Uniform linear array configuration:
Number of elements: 24
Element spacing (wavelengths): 0.25
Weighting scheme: exponential
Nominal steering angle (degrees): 15
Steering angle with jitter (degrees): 16.961
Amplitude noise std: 0.05
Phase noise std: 0.05

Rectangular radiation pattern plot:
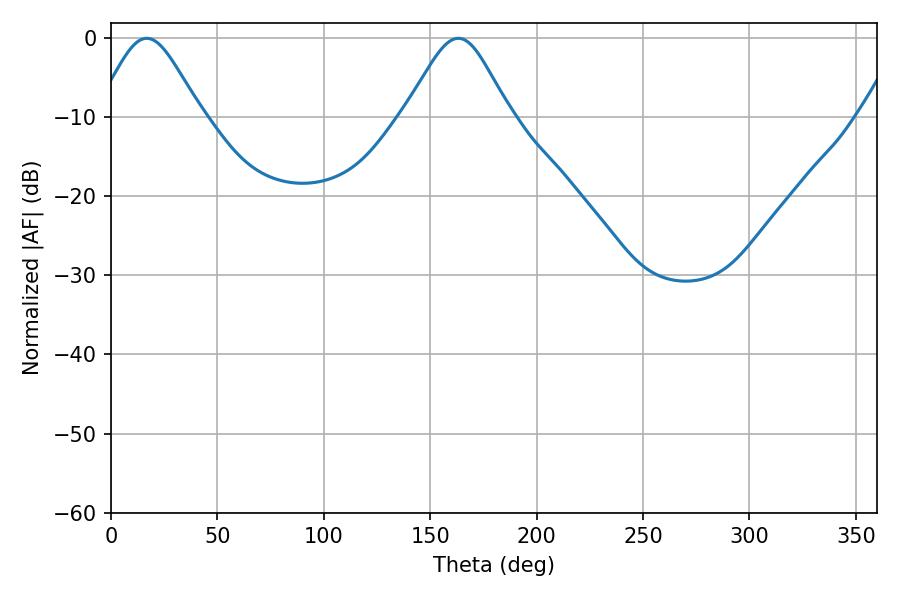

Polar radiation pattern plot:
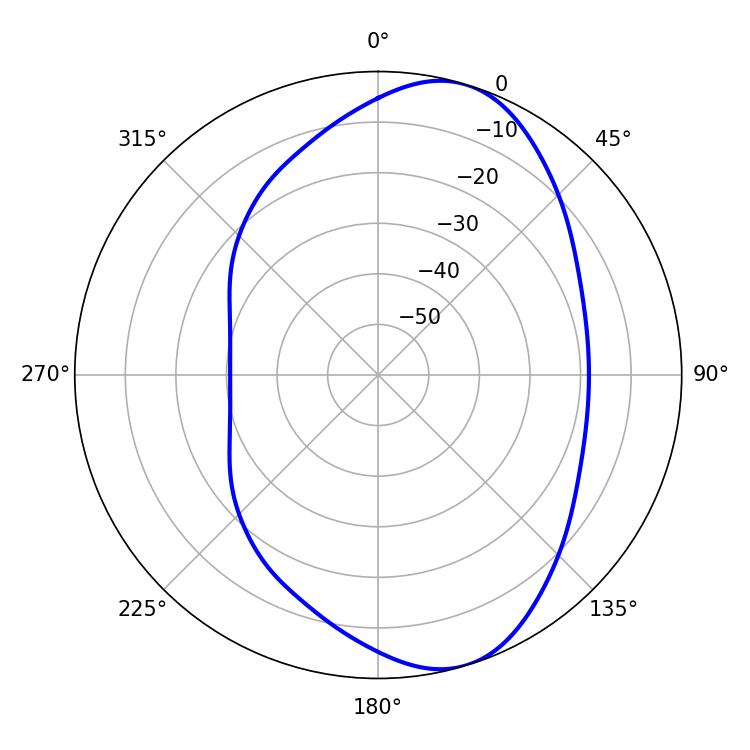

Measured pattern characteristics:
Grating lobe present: FALSE
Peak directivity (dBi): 8.2
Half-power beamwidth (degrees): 24.3
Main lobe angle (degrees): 16.74